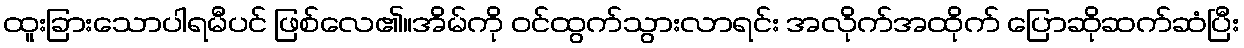
ထူးခြားသောပါရမီပင် ဖြစ်လေ၏။အိမ်ကို ဝင်ထွက်သွားလာရင်း အလိုက်အထိုက် ပြောဆိုဆက်ဆံပြီး